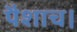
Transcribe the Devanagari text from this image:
पैशाच।